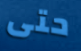
حتى